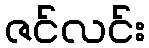
ဇင်လင်း